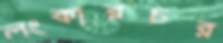
লংকারচর